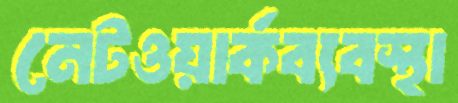
নেটওয়ার্কব্যবস্থা